Annual administration report of the Civil Veterinary Department of India - 1910-1911
Year: 1910
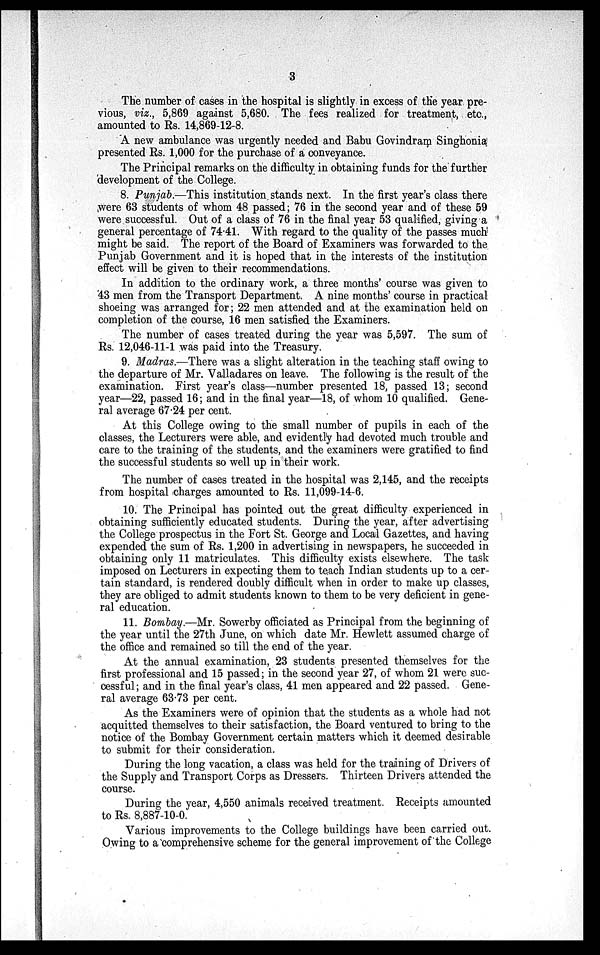
3
The number of cases in the hospital is slightly in excess of the year pre-
vious, viz., 5,869 against 5,680. The fees realized for treatment, etc.,
amounted to Rs. 14,869-12-8.
A new ambulance was urgently needed and Babu Govindram Singhonia
presented Rs. 1,000 for the purchase of a conveyance.
The Principal remarks on the difficulty in obtaining funds for the further
development of the College.
8. Punjab.—This institution stands next. In the first year's class there
were 63 students of whom 48 passed; 76 in the second year and of these 59
were successful. Out of a class of 76 in the final year 53 qualified, giving a
general percentage of 74.41. With regard to the quality of the passes much
might be said. The report of the Board of Examiners was forwarded to the
Punjab Government and it is hoped that in the interests of the institution
effect will be given to their recommendations.
In addition to the ordinary work, a three months' course was given to
43 men from the Transport Department. A nine months' course in practical
shoeing was arranged for ; 22 men attended and at the examination held on
completion of the course, 16 men satisfied the Examiners.
The number of cases treated during the year was 5,597. The sum of
Rs. 12,046-11-1 was paid into the Treasury.
9. Madras.—There was a slight alteration in the teaching staff owing to
the departure of Mr. Valladares on leave. The following is the result of the
examination. First year's class—number presented 18, passed 13 ; second
year—22, passed 16 ; and in the final year—18, of whom 10 qualified. Gene-
ral average 67.24 per cent.
At this College owing to the small number of pupils in each of the
classes, the Lecturers were able, and evidently had devoted much trouble and
care to the training of the students, and the examiners were gratified to find
the successful students so well up in their work.
The number of cases treated in the hospital was 2,145, and the receipts
from hospital charges amounted to Rs. 11,099-14-6.
10. The Principal has pointed out the great difficulty experienced in
obtaining sufficiently educated students. During the year, after advertising
the College prospectus in the Fort St. George and Local Gazettes, and having
expended the sum of Rs. 1,200 in advertising in newspapers, he succeeded in
obtaining only 11 matriculates. This difficulty exists elsewhere. The task
imposed on Lecturers in expecting them to teach Indian students up to a cer-
tain standard, is rendered doubly difficult when in order to make up classes,
they are obliged to admit students known to them to be very deficient in gene-
ral education.
11. Bombay.—Mr. Sowerby officiated as Principal from the beginning of
the year until the 27th June, on which date Mr. Hewlett assumed charge of
the office and remained so till the end of the year.
At the annual examination, 23 students presented themselves for the
first professional and 15 passed; in the second year 27, of whom 21 were suc-
cessful ; and in the final year's class, 41 men appeared and 22 passed. Gene-
ral average 63.73 per cent.
As the Examiners were of opinion that the students as a whole had not
acquitted themselves to their satisfaction, the Board ventured to bring to the
notice of the Bombay Government certain matters which it deemed desirable
to submit for their consideration.
During the long vacation, a class was held for the training of Drivers of
the Supply and Transport Corps as Dressers. Thirteen Drivers attended the
course.
During the year, 4,550 animals received treatment. Receipts amounted
to Rs. 8,887-10-0.
Various improvements to the College buildings have been carried out.
Owing to a comprehensive scheme for the general improvement of the College